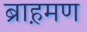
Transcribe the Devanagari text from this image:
ब्राह़मण